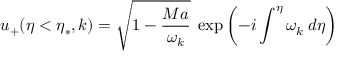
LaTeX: u _ { + } ( \eta < \eta _ { * } , k ) = \sqrt { 1 - \frac { M a } { \omega _ { k } } } \; \exp \left( - i \int ^ { \eta } \omega _ { k } \: d \eta \right)